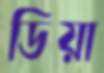
ডিয়া